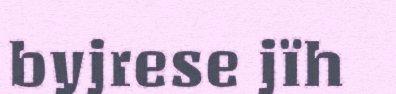
byjrese jïh